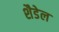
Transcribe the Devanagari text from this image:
शैडेल